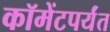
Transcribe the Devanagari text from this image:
कॉमेंटपर्यंत